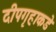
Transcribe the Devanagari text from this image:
दीपगृहाकडे